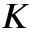
K